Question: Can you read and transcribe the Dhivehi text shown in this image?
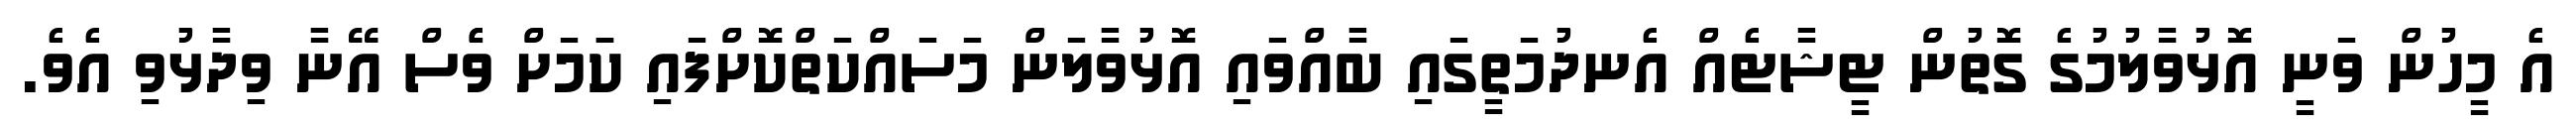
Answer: އެ މީހުން ވަނީ އޮޅުވާލުމުގެ ގޮތުން ޓީޝާޓެއް އެނދުމަތީގައި ބާއްވައި އޮޅުވާލަން މަސައްކަތްކޮށްފައި ކަަމަށް ވެެސް އޭނާ ވިދާޅުވި އެވެ.